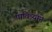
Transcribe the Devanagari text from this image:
पावित्र्याने